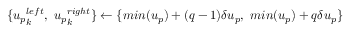
\{ { u _ { p } } _ { k } ^ { l e f t } , \ { u _ { p } } _ { k } ^ { r i g h t } \} \gets \{ m i n ( u _ { p } ) + ( q - 1 ) \delta u _ { p } , \ m i n ( u _ { p } ) + q \delta u _ { p } \}